Lunatic asylums in Bengal annual reports 1912-1924 - 1912-1924
Year: 1912
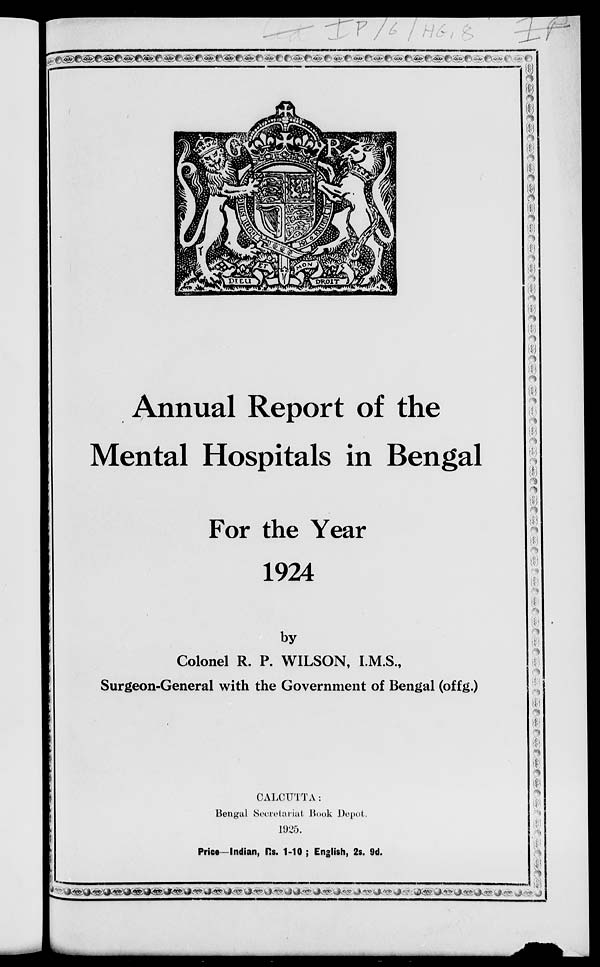
Annual Report of the
Mental Hospitals in Bengal
For the Year
1924
by
Colonel R. P. WILSON, I.M.S.,
Surgeon-General with the Government of Bengal (offg.)
CALCUTTA:
Bengal Secretariat Book Depôt.
1925.
Price—Indian, Rs. 1-10 ; English, 2s. 9d.